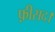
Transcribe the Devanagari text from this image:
फ़ीसद।